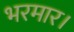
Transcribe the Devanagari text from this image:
भरमार।